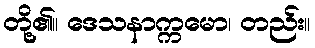
တို့၏။ ဒေသနာက္ကမော၊ တည်း။